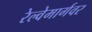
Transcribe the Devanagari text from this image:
रेल्वेमार्गवर